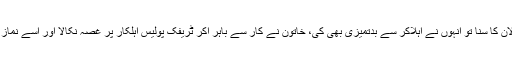
گاڑی میں سوار فیملی نے چالان کا سُنا تو انہوں نے اہلاکر سے بدتمیزی بھی کی، خاتون نے کار سے باہر آکر ٹریفک پولیس اہلکار پر غصہ نکالا اور اُسے نماز روزہ ادا کرنے کا مشورہ دیا۔